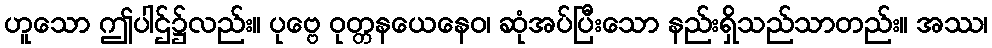
ဟူသော ဤပါဌ်၌လည်း။ ပုဗ္ဗေ ဝုတ္တနယေနေဝ၊ ဆုံအပ်ပြီးသော နည်းရှိသည်သာတည်း။ အဿ၊